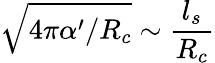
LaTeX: \sqrt{4\pi\alpha^{\prime}/R_{c}}\sim\frac{l_{s}}{R_{c}}